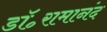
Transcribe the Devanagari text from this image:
डॉ॰रामानंद